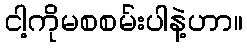
ငါ့ကိုမစစမ်းပါနဲ့ဟာ။